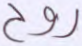
روح